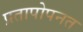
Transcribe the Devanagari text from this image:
प्रतापोपनत